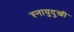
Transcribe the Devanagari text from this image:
स्नायुदुखी